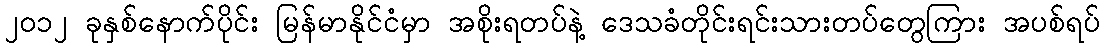
၂၀၁၂ ခုနှစ်နောက်ပိုင်း မြန်မာနိုင်ငံမှာ အစိုးရတပ်နဲ့ ဒေသခံတိုင်းရင်းသားတပ်တွေကြား အပစ်ရပ်